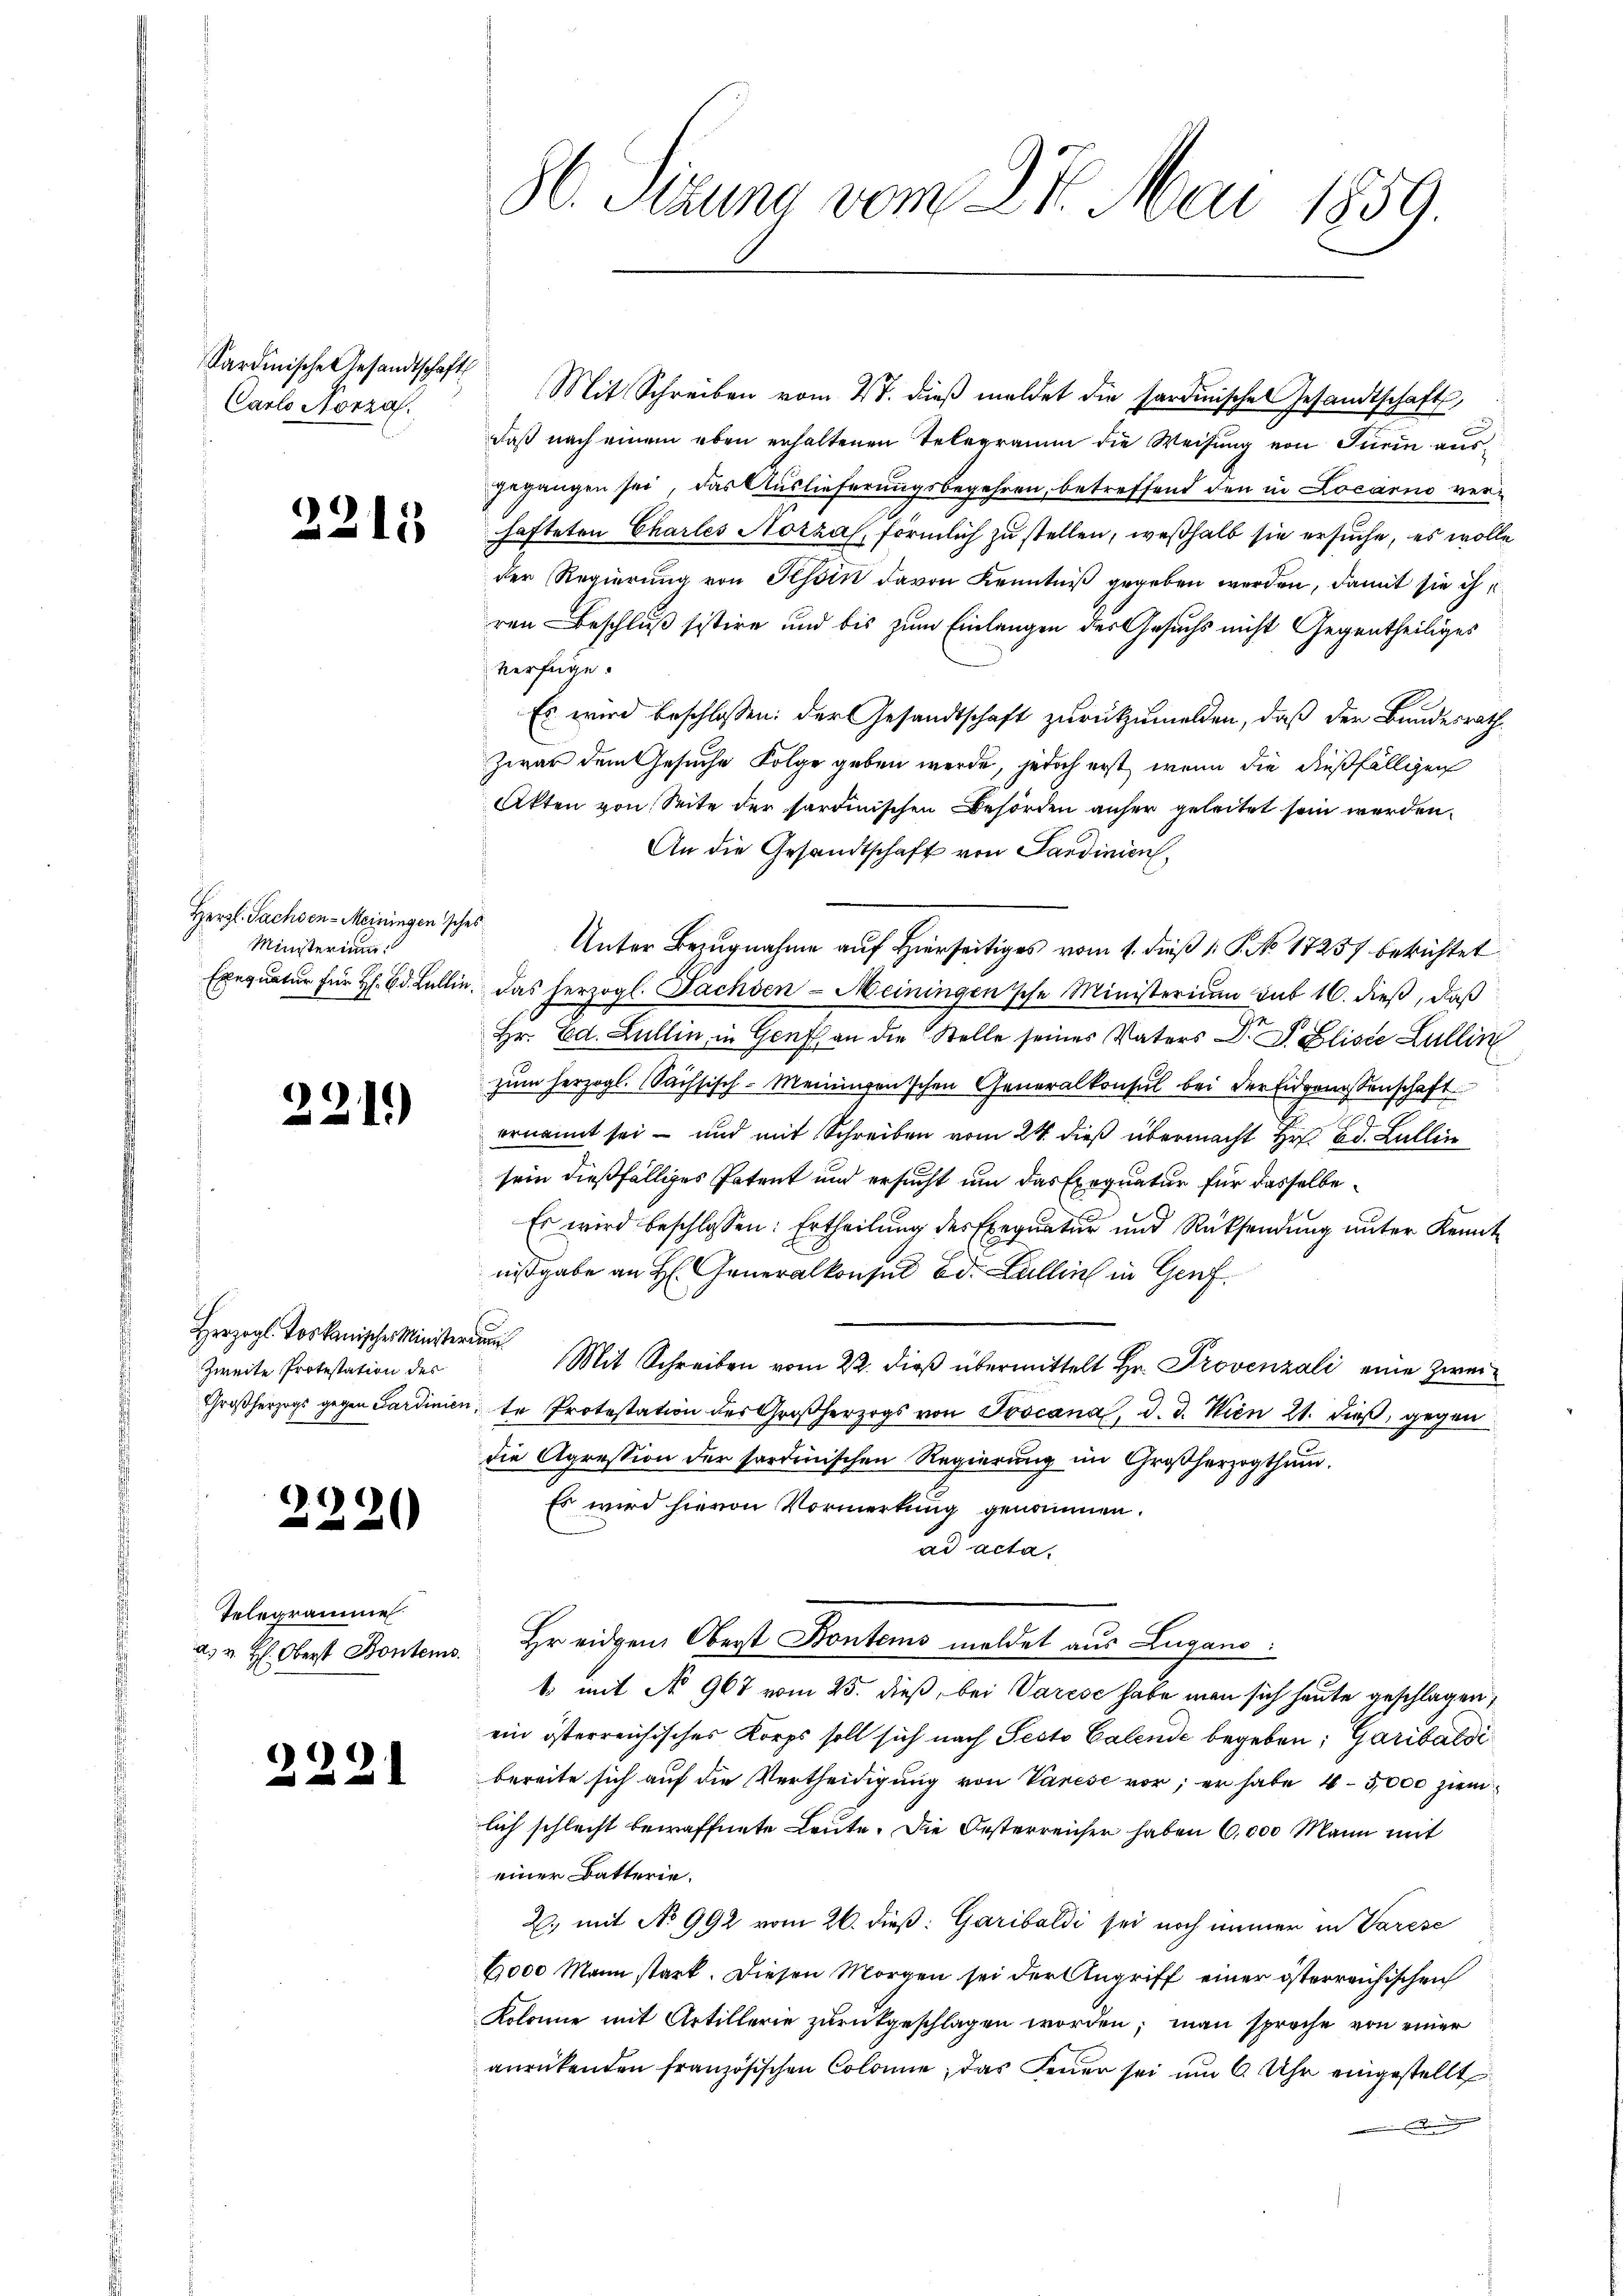
Kardinische Gesandtschaft
Carlo Nonza.

2215

Herzl. Sachsen-Meiningen sches
Ministerium

E
1)

Herzogl. Toskanisches Ministerung
Zweite Protestation des

2220

Telegrame
a. v. H: Oberst Bontems.

2221

86. Sedung vom 27. Mai 1859.

Mit Schreiben vom 2t. dieβ meldet die Sardinischen Gesandtschaft,
daß nach einem eben erhaltenen Telegramm die Weisung von Turin ausgegangen sei, das Auslieferungsbegehren, betreffend den in Locarno verhafteten Charles Notza, förmlich zu stellen, weßhalb sie ersuche, es wolle
der Regierung von Hesoin davon Kenntniß gegeben werden, damit sie ihr
ren Beschluß sistire und bis zum Einlangen des Gesuchs nicht Gegentheiliges
verfüge.
Es wird beschlossen: der Gesandtschaft zurückzumelden, daß der Bundesrath
Zwar dem Gesuche Folge geben werde, jedoch erst, wenn die dießfälligen
Akten von Seite der sardinischen Behörden anher geleitet sein werden.
An die Gesandtschaft von Sardinien
Unter Bezugnahme auf Hierseitiges vom 1. dieß P. No. 17257 berichtet
Exequatur für H. Ed. Lullie das herzogl. Fachsen-Meiningensche Ministerium sub 16. dieß, daß
Hr. Ed. Lullin, in Genf an die Stelle seines Vaters Dr. S. Eliste Lullin
zum herzogl. Sächsisch-Meiningenischen Generalkonsul bei der Eidgenossenschaft
1
ernannt sei – und mit Schreiben vom 24. dieß übermacht Hr. Bd. Lullin
sein dießfälliges Patent und ersucht um das Exequatur für dasselbe
Es wird beschlossen: Ertheilung des Exequatur und Rücksendung unter Kennt
nißgabe an H. Generalkonsul Bd. Lullin in Genf.
Mit Schreiben vom 22. dieß übermittelt Hr. Provenzali eine Zwei¬
Großherzogs gegen Sardinien, te Protestation des Großherzogs von Procana, d. d. Wien 21. dieß, gegen
die Agression der sordinischen Regierŭng im Großherzogthum.
Es wird hievon Vormerkung genommen.
ad acta,
Hr eidgen. Oberst Kontem meldet aus Lugano.
1. mit No 967 vom 25. dieß, bei Varese habe man sich heute geschlagen,
ein österreichisches Korps soll sich nach Pesto Calende begeben; Garibaldi
bereite sich auf die Vertheidigung von Varese vor; er habe 45,000 ziem
lich schlecht bewaffnete Leute. Die Oesterreicher haben 6,000 Mann mit
einer Datterie.
2., mit No 992 vom 26. dieß: Garibaldi sei noch immer in Varese
6000 Mann stark. Diesen Morgen sei der Angriff einer österreichischen
Kolonie mit Artillerie zurückgeschlagen worden; man sprache von einer
anrükenden französischen Colonie, das Feuer sei um 6 Uhr eingestellt
e